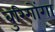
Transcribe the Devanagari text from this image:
बुरिगोंगा